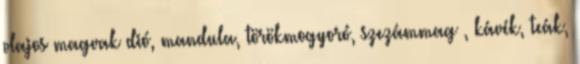
olajos magvak dió, mandula, törökmogyoró, szezámmag , kávék, teák,